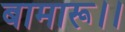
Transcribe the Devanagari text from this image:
बामारू।।